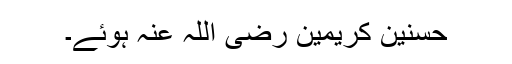
حسنین کریمین رضی اللہ عنہ ہوئے۔